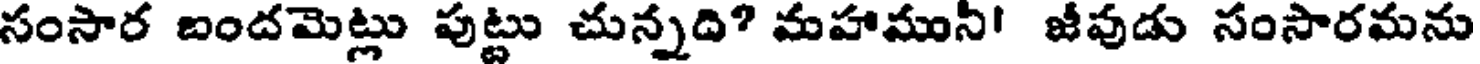
సంసార బందమెట్లు పుట్టు చున్నది? మహాముని! జీవుడు సంసారమను